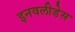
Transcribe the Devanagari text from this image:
इनवलीडेस